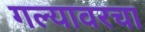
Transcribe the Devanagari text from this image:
गल्यावरचा